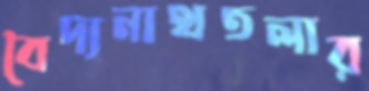
বৈদ্যনাথতলার